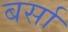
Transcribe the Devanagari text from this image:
बर्सा